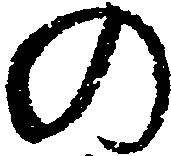
の